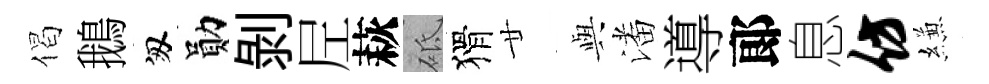
偈鵝匆勛剝𡰱萩砥猾廿𫤰潘導郞息仿縑